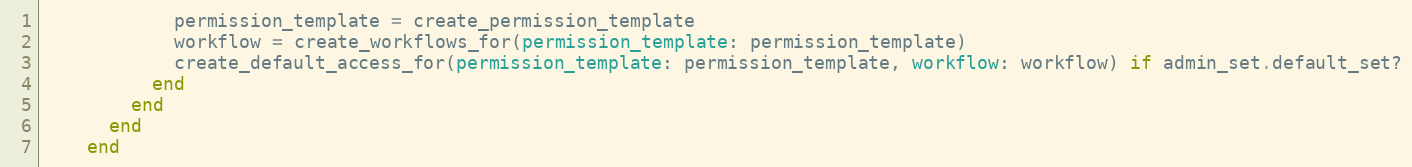
Language: Ruby
            permission_template = create_permission_template
            workflow = create_workflows_for(permission_template: permission_template)
            create_default_access_for(permission_template: permission_template, workflow: workflow) if admin_set.default_set?
          end
        end
      end
    end